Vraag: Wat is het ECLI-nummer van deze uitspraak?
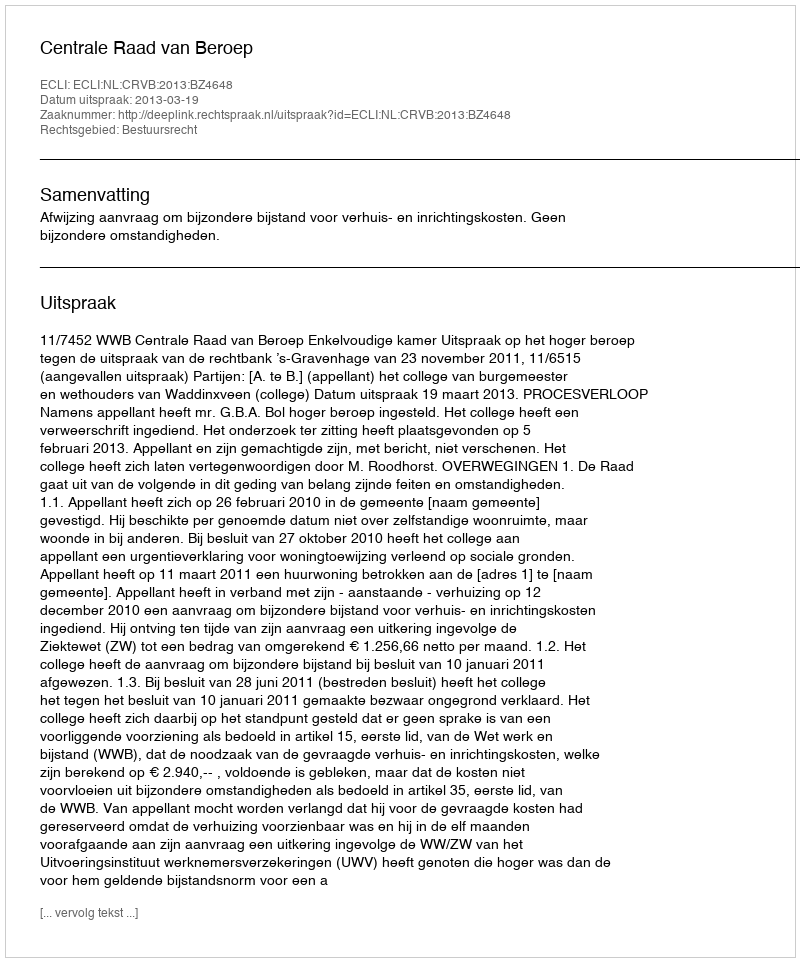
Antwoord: ECLI:NL:CRVB:2013:BZ4648